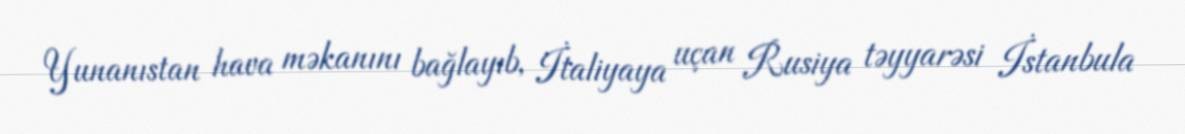
Yunanıstan hava məkanını bağlayıb, İtaliyaya uçan Rusiya təyyarəsi İstanbula